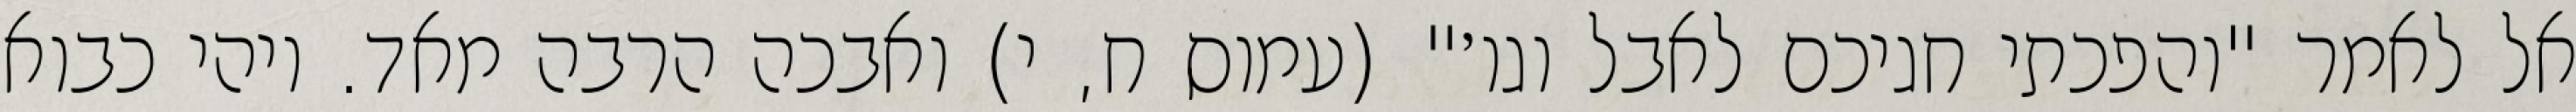
אל לאמר "והפכתי חגיכם לאבל וגו׳" (עמוס ח, י) ואבכה הרבה מאד. ויהי כבוא